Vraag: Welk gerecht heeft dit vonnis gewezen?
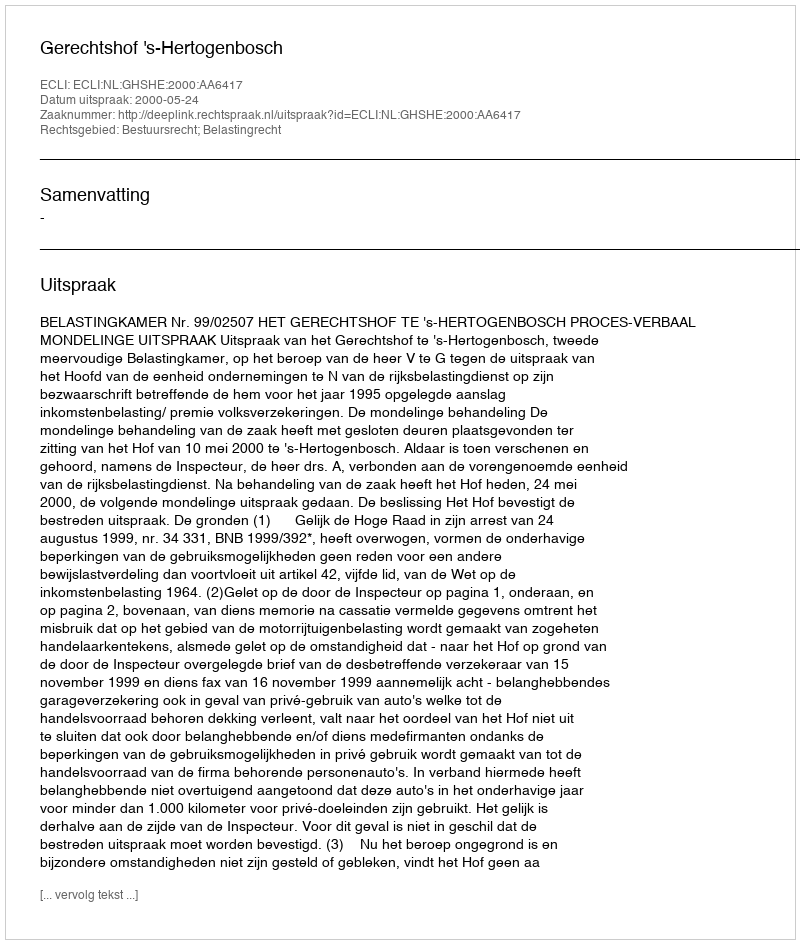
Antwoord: Gerechtshof 's-Hertogenbosch